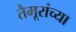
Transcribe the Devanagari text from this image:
तैमूरांच्या